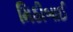
મિઠીબાઈ